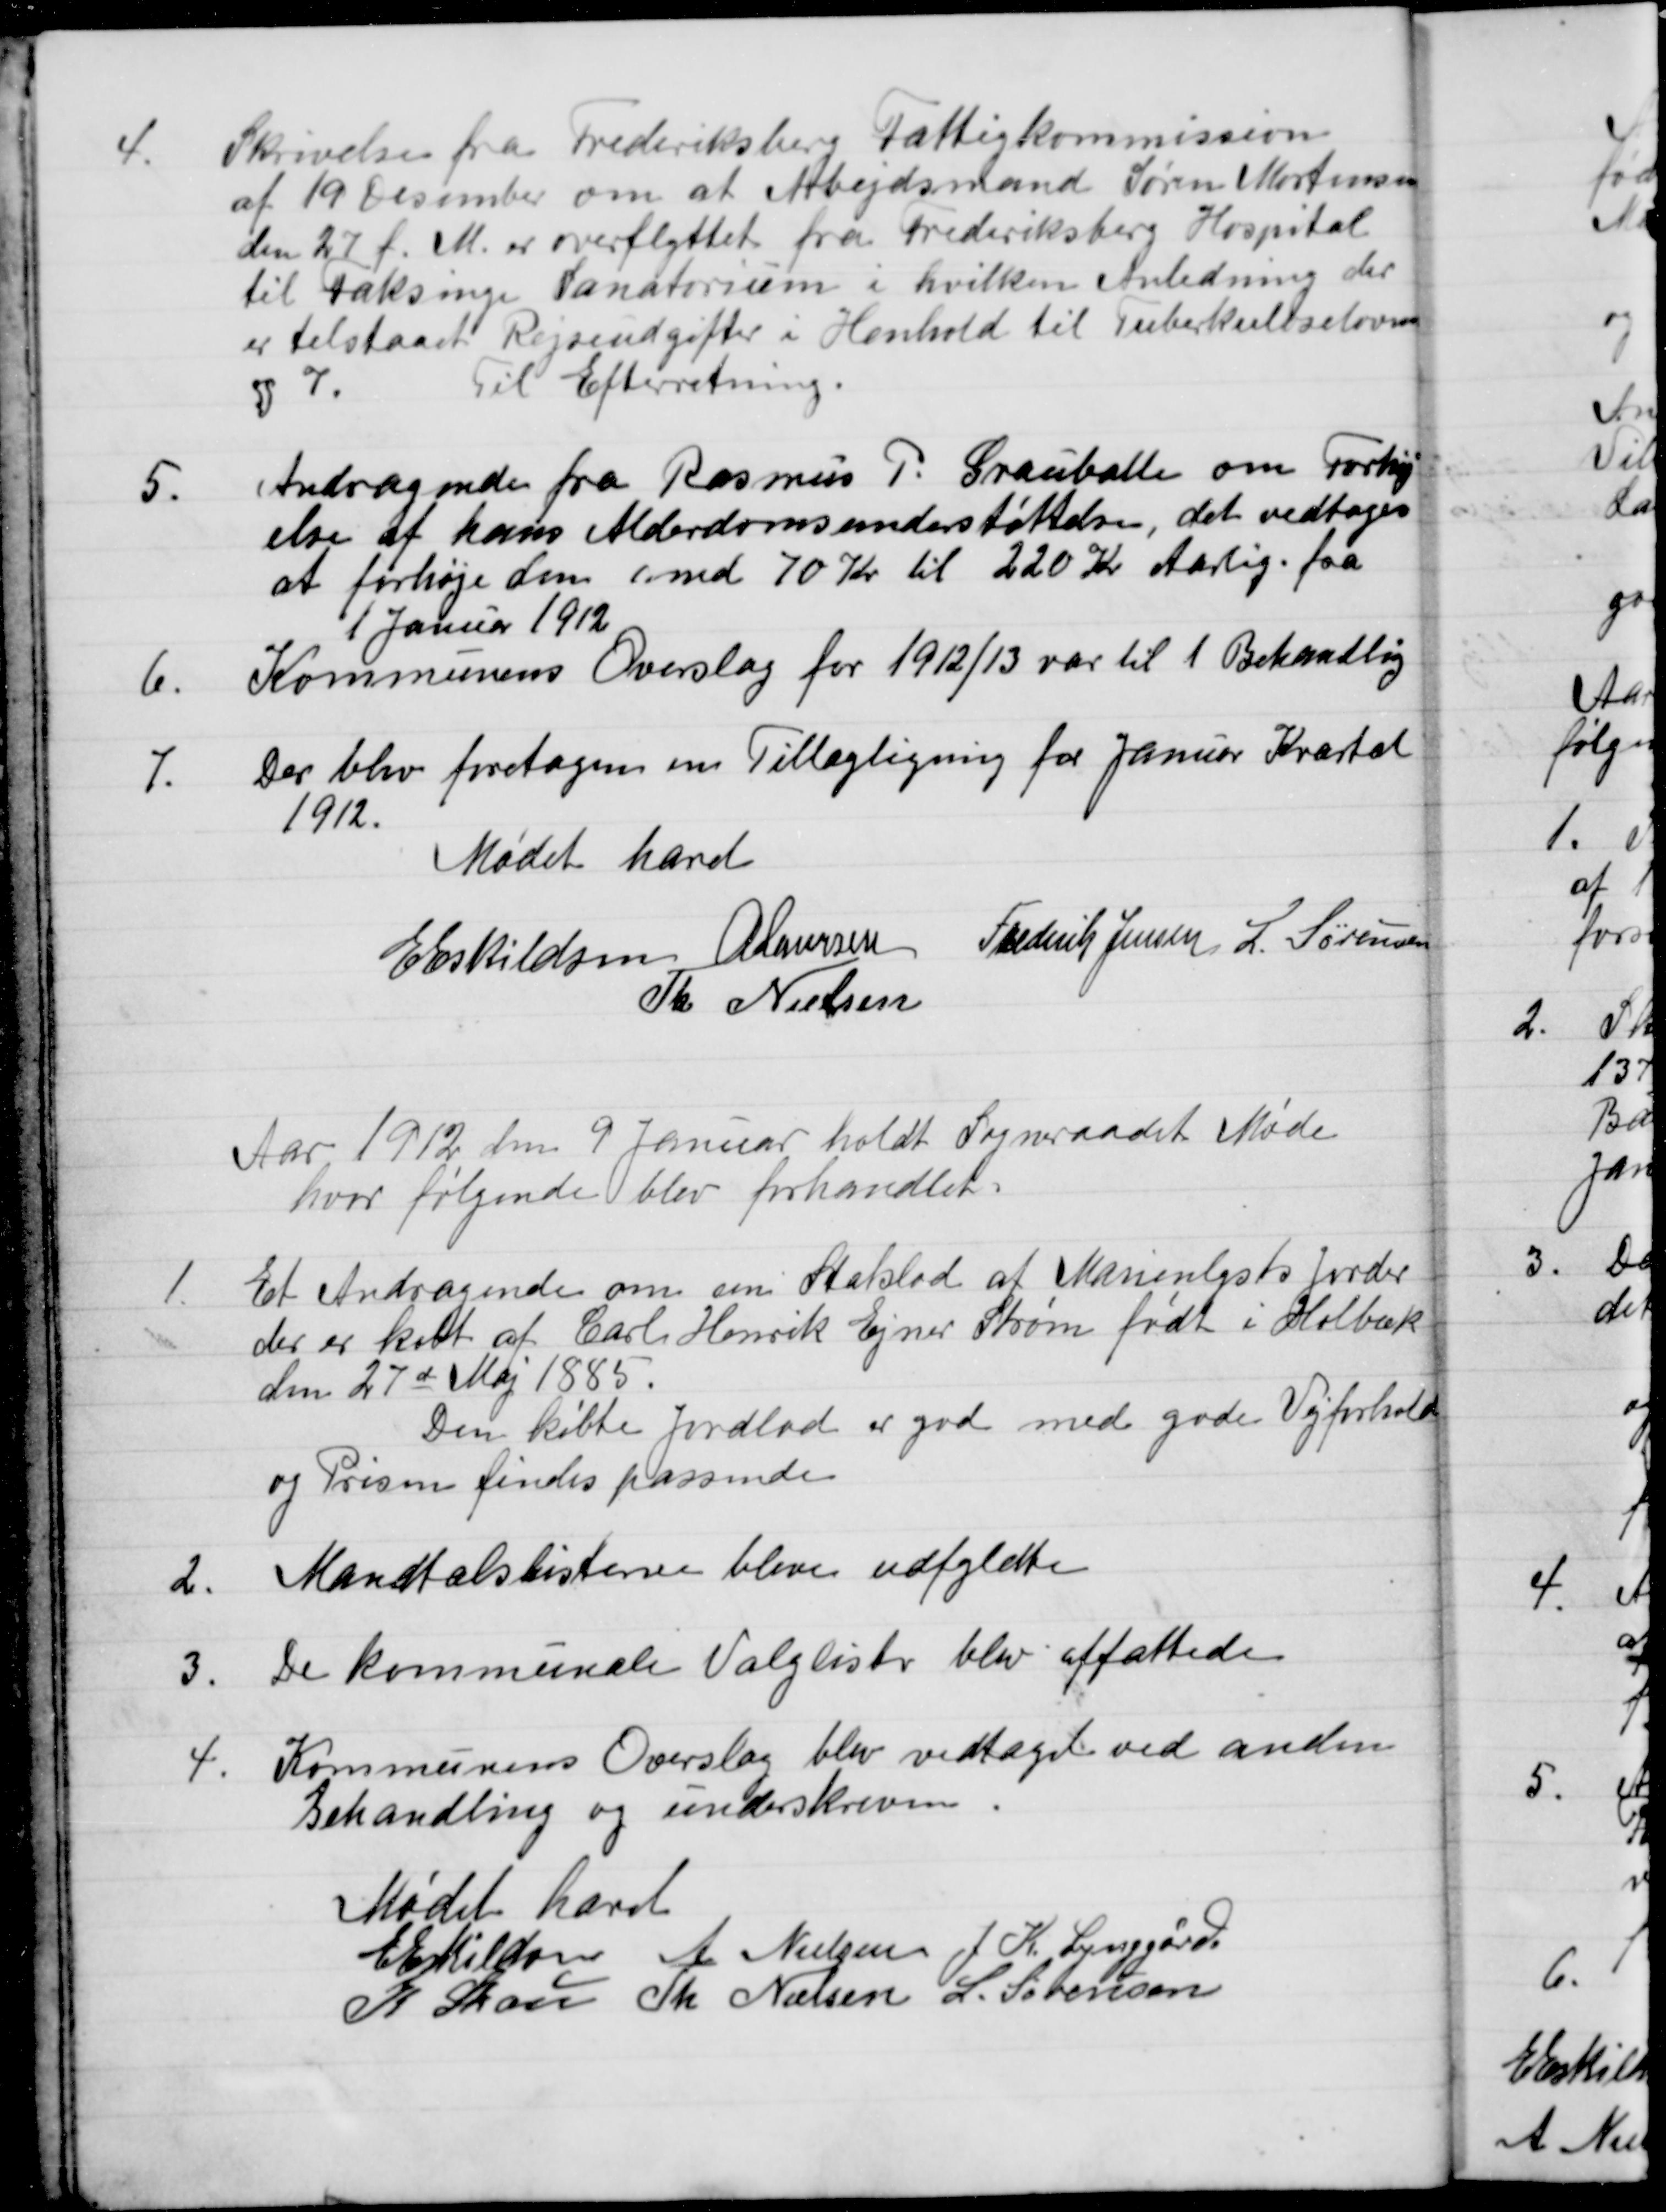
Transskription:
4.
Skrivelse fra Frederiksberg Fattigkommission
af 19 Desember om at Arbejdsmand Søren Mortensen
den 27 f. M. er overflyttet fra Frederiksberg Hospital
til Faksinge Sanatorium i hvilken Anledning der
er tilstaaet Rejseudgifter i Henhold til Tuberkuloselovens
§ 7.
Til Efterretning.
5.
Andragende fra Rasmus P. Grauballe om Forhøj-
else af hans Alderdomsunderstøttelse, det vedtoges
at forhøje den med 70 Kr til 220 Kr Aarlig paa
1 Januar 1912
6.
Kommunens Overslag for 1912/13 var til 1 Behandling
7.
Der blev foretage en Tillægligning for Januar Kvartal
1912.
Mødet hævet
E Eskildsen
A Laursen
Frederik Jensen
L. Sørensen
Th. Nielsen
Aar 1912 den 9 Januar holdt Sogneraadet Møde
hvor følgende blev forhandlet.
1.
Et Andragende om en Statslod af Marienlysts Jorder
der er kalt af Carl Henrik Ejner Storm født i Holbæk
den 27de Maj 1885.
Den købte Jordlod er god med gode Vejforhold 
og Prisen findes passende
2.
Mandtalslisterne blive udfyldte
3.
De kommunale Valglister blev affattede
4.
Kommunens Overslag blev vedtaget ved anden
Behandling og underskreven
Mødet hævet
E Eskildsen
A. Nielsen
J. K. Lynggård
K Skou
Th. Nielsen
L. Sørensen